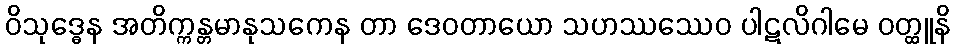
ဝိသုဒ္ဓေန အတိက္ကန္တမာနုသကေန တာ ဒေဝတာယော သဟဿဿေဝ ပါဋလိဂါမေ ဝတ္ထူနိ